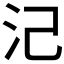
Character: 𣲆